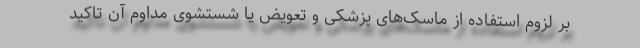
بر لزوم استفاده از ماسک‌های پزشکی و تعویض یا شستشوی مداوم آن تاکید